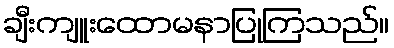
ချီးကျူးထောမနာပြုကြသည်။